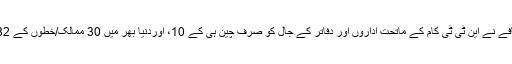
ان تین نئی شاخوں کے اضافے نے این ٹی ٹی کام کے ماتحت اداروں اور دفاتر کے جال کو صرف چین ہی کے 10، اوردنیا بھر میں 30 ممالک/خطوں کے 82 شہروں تک پھیلا دیا ہے۔